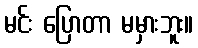
မင်း ပြောတာ မမှားဘူး။